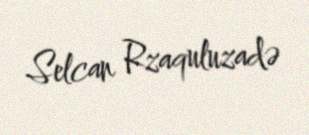
Selcan Rzaquluzadə